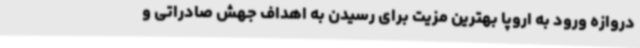
دروازه ورود به اروپا بهترین مزیت برای رسیدن به اهداف جهش صادراتی و